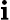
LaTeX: \textbf{i}